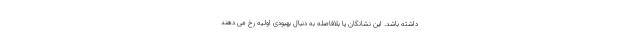
داشته باشد. این نشانگان یا بلافاصله به دنبال بهبودی اولیه رخ می دهند